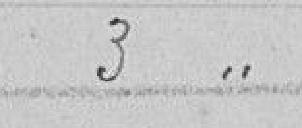
33